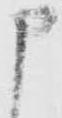
申